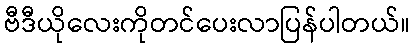
ဗီဒီယိုလေးကိုတင်ပေးလာပြန်ပါတယ်။